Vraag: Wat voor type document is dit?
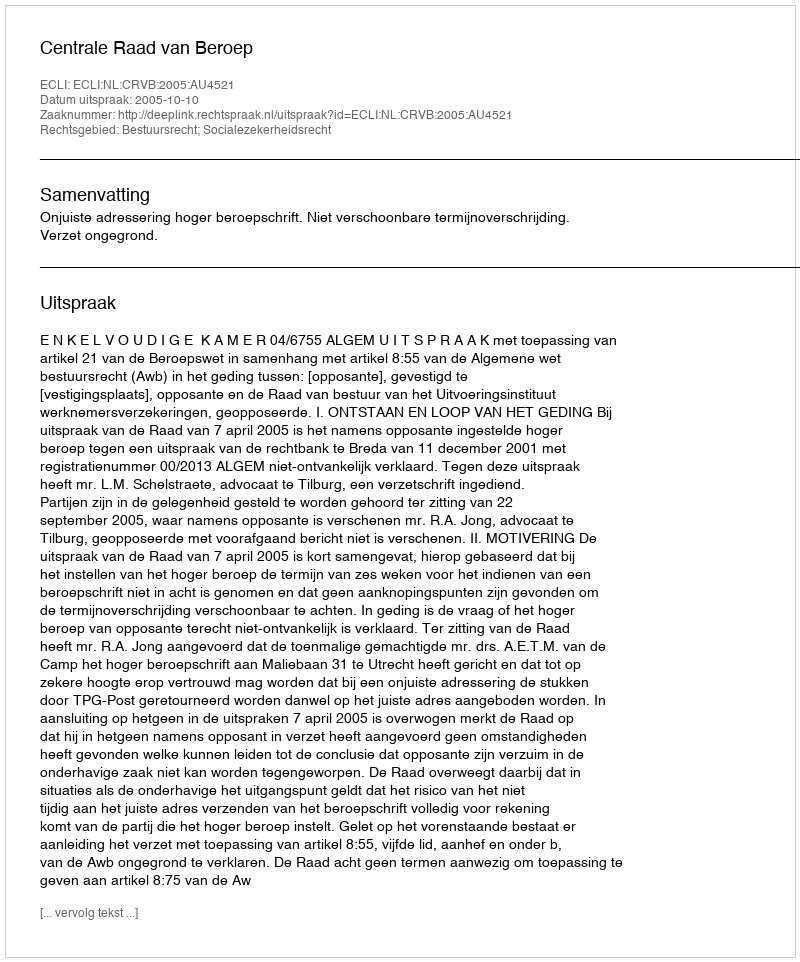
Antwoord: Uitspraak